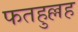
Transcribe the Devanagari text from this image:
फतहुल्लह